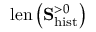
\mathrm { l e n } \left( \mathbf { S } _ { \mathrm { h i s t } } ^ { > 0 } \right)